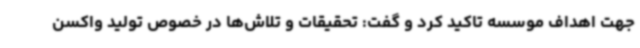
جهت اهداف موسسه تاکید کرد و گفت: تحقیقات و تلاش‌ها در خصوص تولید واکسن